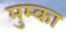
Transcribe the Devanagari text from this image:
मुम्का